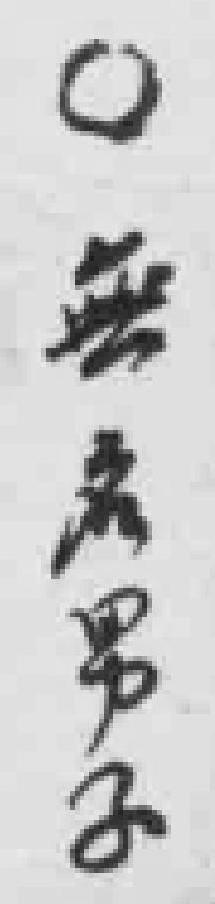
無名男子